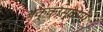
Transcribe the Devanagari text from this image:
अक्कास्वामी